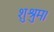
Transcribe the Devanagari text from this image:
शुश्रुम।